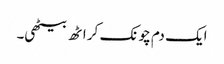
ایک دم چونک کر اٹھ بیٹھی۔